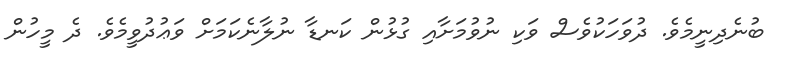
ބުނެދިނީމެވެ. ދުވަހަކުވެސް ވަކި ނުވުމަށާއި ގުޅުން ކަނޑާ ނުލާނެކަމަށް ވަޢުދުވީމެވެ. ދެ މީހުން